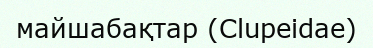
майшабақтар (Clupeіdae)